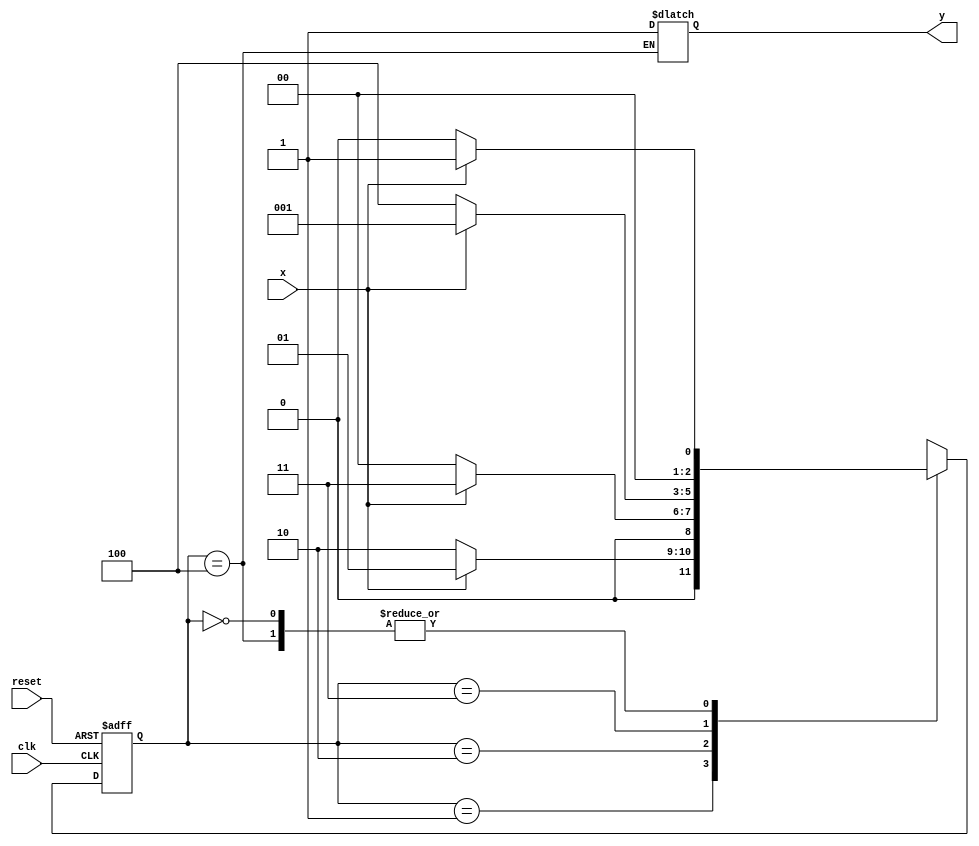
// Nome: Roger Rubens Machado
// -------------------------

// --------------
// --- Moore FSM
// --------------
// Moore 1010

// constant definition
`define found 1
`define notfound 0

// FSM by Moore
module moore1010 ( y, x, clk, reset );
output y;
input x;
input clk;
input reset;
reg y;
parameter // state identifiers
start = 3'b000,
id1 = 3'b001,
id10 = 3'b010,
id11 = 3'b011,
id100 = 3'b100; // signal found
reg [2:0] E1; // current state variables
reg [2:0] E2; // next state logic output

// next state logic
always @( x or E1 )
begin
case( E1 )
start:
if ( x )
E2 = id1;
else
E2 = start;

id1:
if ( x )
E2 = id1;
else
E2 = id10;

id10:
if ( x )
E2 = id11;
else
E2 = start;

id11:
if ( x )
E2 = id1;
else
E2 = id100;

id100:
if ( x )
begin
E2 = id1;
y = `found;
end
else
begin
E2 = start;
y = `found;
end

default: // undefined statee
E2 = 3'bxxx;
endcase
end // always at signal or state changing

// state variables
always @( posedge clk or negedge reset )
begin
if ( reset )
E1 = E2; // updates current state
else
E1 = 0; // reset
end // always at signal changing

// output logic
always @( E1 )
begin
y = E1[2]; // first bit of state value (MOORE indicator)
end // always at state changing
endmodule // moore1101